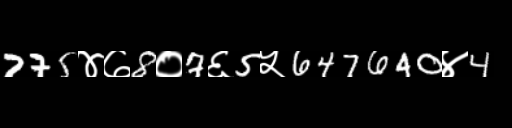
Text: 775४७8०7६5५647640४4